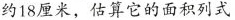
约18厘米，估算它的面积列式